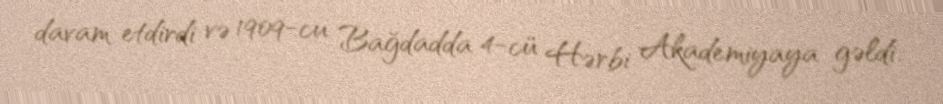
davam etdirdi və 1909-cu Bağdadda 4-cü Hərbi Akademiyaya gəldi.